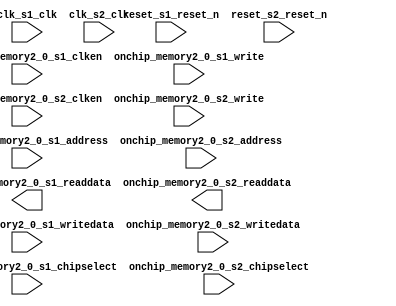

module CRC_RAM_v1 (
	clk_s1_clk,
	onchip_memory2_0_s1_address,
	onchip_memory2_0_s1_clken,
	onchip_memory2_0_s1_chipselect,
	onchip_memory2_0_s1_write,
	onchip_memory2_0_s1_readdata,
	onchip_memory2_0_s1_writedata,
	reset_s1_reset_n,
	clk_s2_clk,
	reset_s2_reset_n,
	onchip_memory2_0_s2_address,
	onchip_memory2_0_s2_chipselect,
	onchip_memory2_0_s2_clken,
	onchip_memory2_0_s2_write,
	onchip_memory2_0_s2_readdata,
	onchip_memory2_0_s2_writedata);	

	input		clk_s1_clk;
	input	[7:0]	onchip_memory2_0_s1_address;
	input		onchip_memory2_0_s1_clken;
	input		onchip_memory2_0_s1_chipselect;
	input		onchip_memory2_0_s1_write;
	output	[7:0]	onchip_memory2_0_s1_readdata;
	input	[7:0]	onchip_memory2_0_s1_writedata;
	input		reset_s1_reset_n;
	input		clk_s2_clk;
	input		reset_s2_reset_n;
	input	[7:0]	onchip_memory2_0_s2_address;
	input		onchip_memory2_0_s2_chipselect;
	input		onchip_memory2_0_s2_clken;
	input		onchip_memory2_0_s2_write;
	output	[7:0]	onchip_memory2_0_s2_readdata;
	input	[7:0]	onchip_memory2_0_s2_writedata;
endmodule